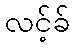
လင့်ခ်